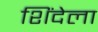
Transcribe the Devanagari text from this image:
शिंदेला